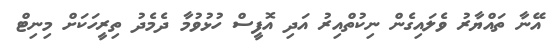
އޭނާ ތައްޔާރު ވެލައިގެން ނިކުތްއިރު އަދި އޮފީސް ހުޅުވުމާ ދެމެދު ތިރީހަކަށް މިނިޓް